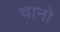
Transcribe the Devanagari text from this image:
चानो